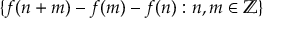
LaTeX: \{ f ( n + m ) - f ( m ) - f ( n ) : n , m \in \mathbb { Z } \}